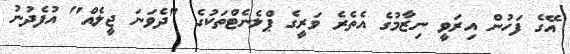
އޭގެ ފަހުން އިރަވީ ނިޒާމުގެ އެތެރެ ވަރީގެ ޕްލެނެޓްތަކުގެ "ދެވަނަ ޖީލެއް" އުފެދުނު